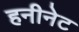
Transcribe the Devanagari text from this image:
हनीनेट